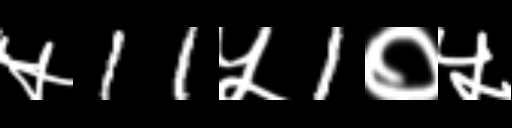
Text: ५11५1०५